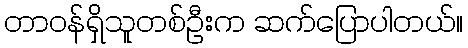
တာဝန်ရှိသူတစ်ဦးက ဆက်ပြောပါတယ်။